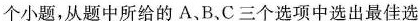
个小题,从题中所给的A、B、C三个选项中选出最佳选